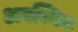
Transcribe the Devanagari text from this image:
अवस्थितः